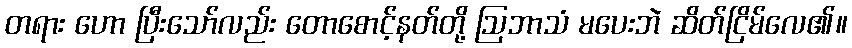
တရား ဟော ပြီးသော်လည်း တောစောင့်နတ်တို့ ဩဘာသံ မပေးဘဲ ဆိတ်ငြိမ်လေ၏။